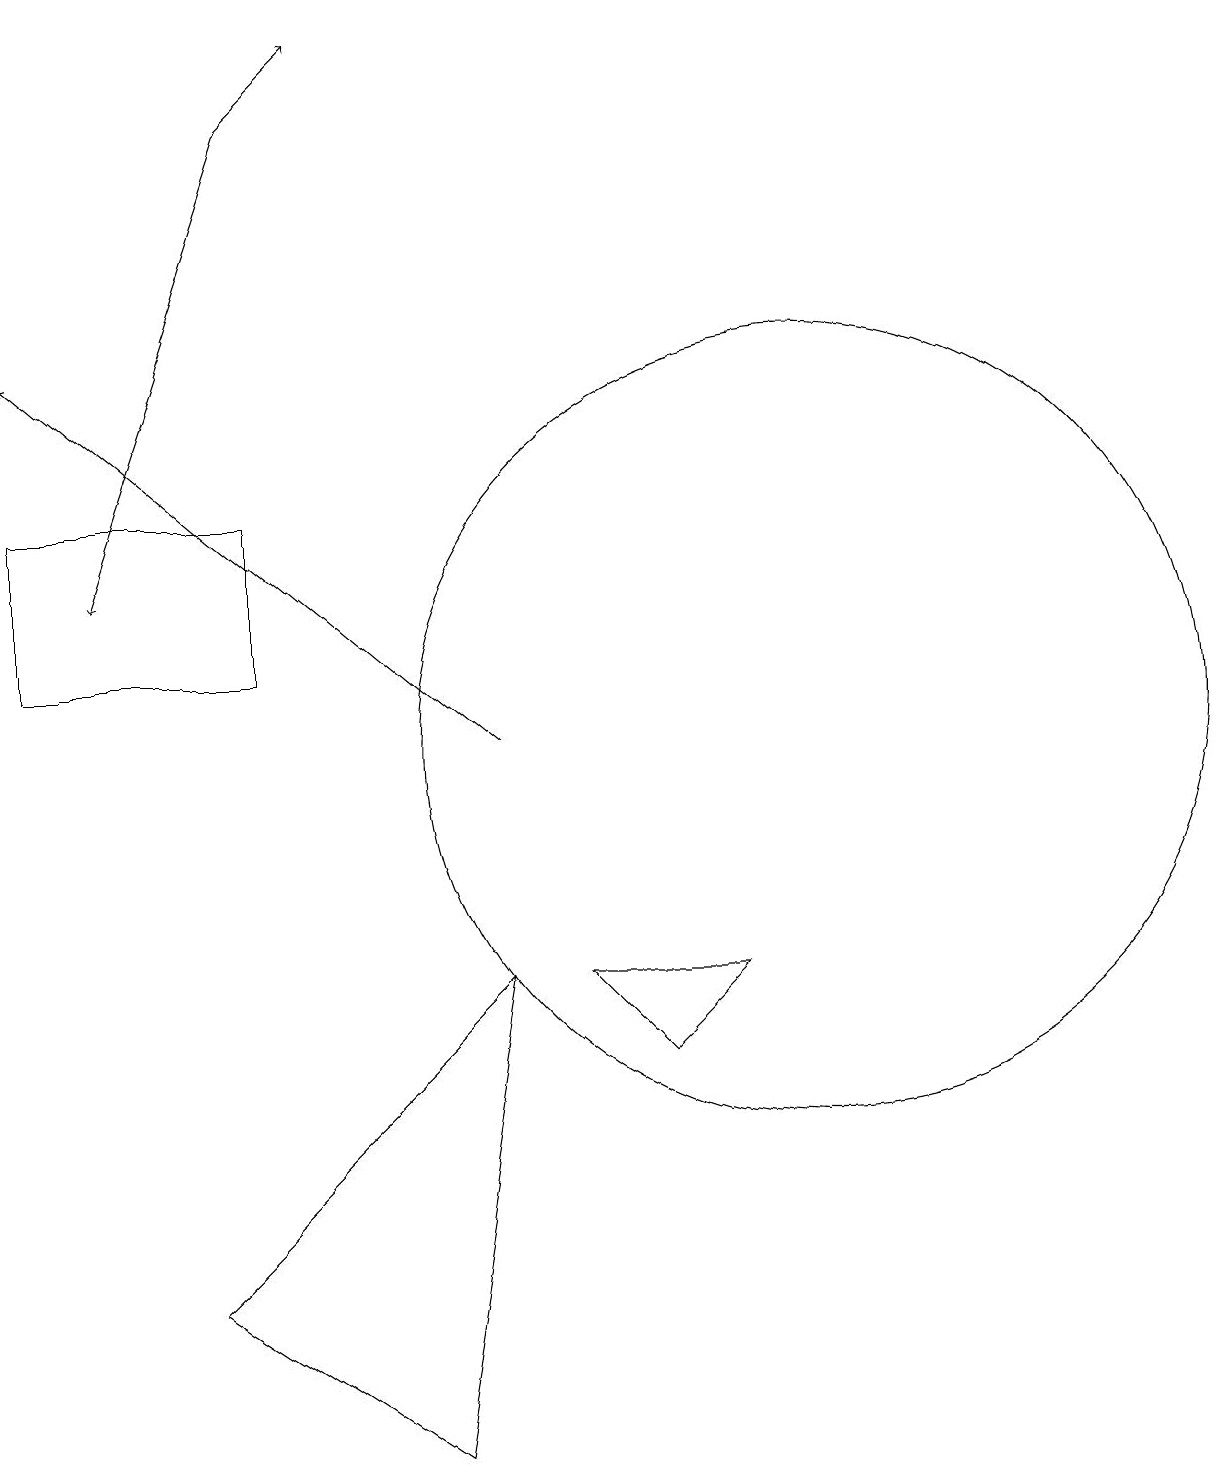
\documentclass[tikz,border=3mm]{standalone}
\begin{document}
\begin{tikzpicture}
\draw (0,11) rectangle (3,13);
\draw (8,6) -- (9,7) -- (7,7) -- cycle;
\draw (10,10) circle (5);
\draw (10,11) circle (0);
\draw[->] (3,18) -- (4,19);
\draw[->] (3,18) -- (1,12);
\draw[->] (6,10) -- (0,15);
\draw (5,1) -- (2,3) -- (6,7) -- cycle;
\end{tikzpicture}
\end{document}